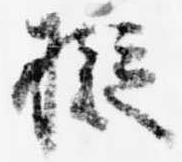
擬